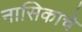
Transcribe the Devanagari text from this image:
नासिकाचे